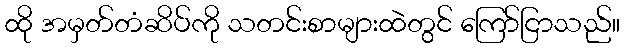
ထို အမှတ်တံဆိပ်ကို သတင်းစာများထဲတွင် ကြော်ငြာသည်။